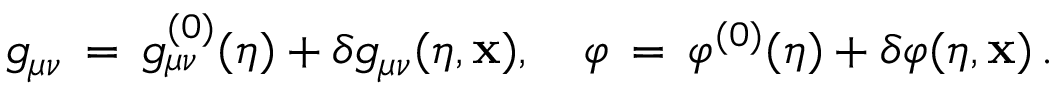
g _ { \mu \nu } \, = \, g _ { \mu \nu } ^ { ( 0 ) } ( \eta ) + \delta g _ { \mu \nu } ( \eta , { \bf x } ) , \quad \varphi \, = \, \varphi ^ { ( 0 ) } ( \eta ) + \delta \varphi ( \eta , { \bf x } ) \, .